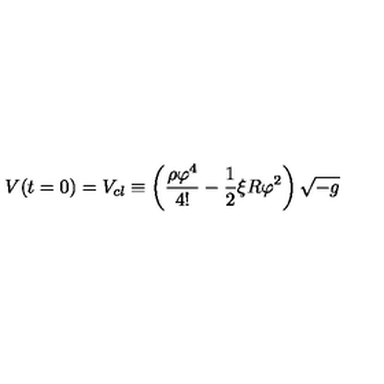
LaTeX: V ( t = 0 ) = V _ { c l } \equiv \left( \frac { \rho \varphi ^ { 4 } } { 4 ! } - \frac { 1 } { 2 } \xi R \varphi ^ { 2 } \right) \sqrt { - g }